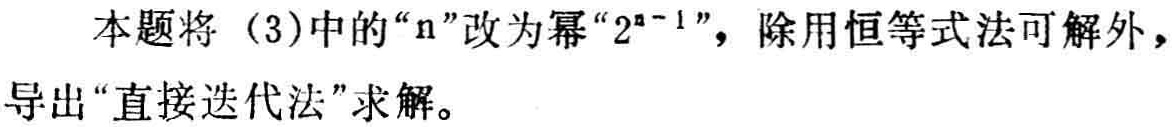
本题将（3）中的“\(n\)”改为幂“\(2^{n - 1}\)”，除用恒等式法可解外，导出“直接迭代法”求解。